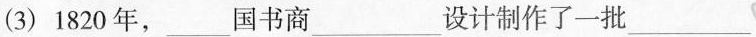
(3)1820年，___国书商___设计制作了一批___